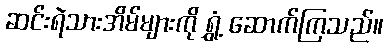
ဆင်းရဲသားအိမ်များကို ရွှံ့ ဆောက်ကြသည်။